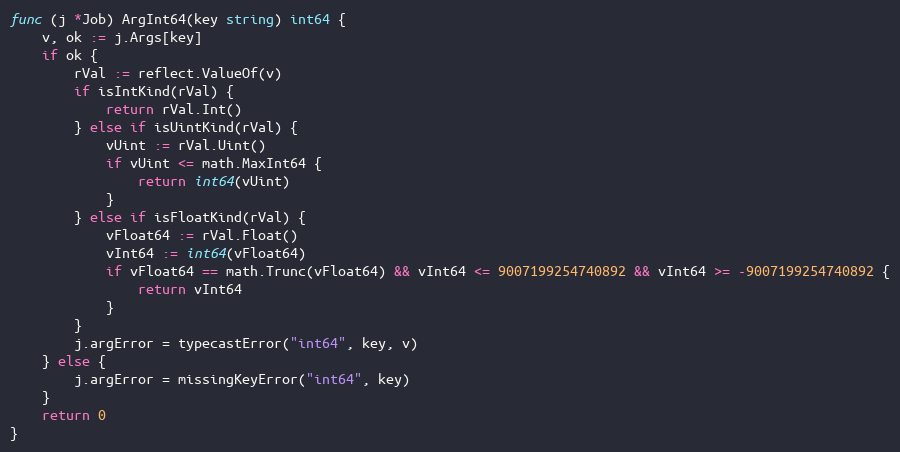
Language: Go
func (j *Job) ArgInt64(key string) int64 {
	v, ok := j.Args[key]
	if ok {
		rVal := reflect.ValueOf(v)
		if isIntKind(rVal) {
			return rVal.Int()
		} else if isUintKind(rVal) {
			vUint := rVal.Uint()
			if vUint <= math.MaxInt64 {
				return int64(vUint)
			}
		} else if isFloatKind(rVal) {
			vFloat64 := rVal.Float()
			vInt64 := int64(vFloat64)
			if vFloat64 == math.Trunc(vFloat64) && vInt64 <= 9007199254740892 && vInt64 >= -9007199254740892 {
				return vInt64
			}
		}
		j.argError = typecastError("int64", key, v)
	} else {
		j.argError = missingKeyError("int64", key)
	}
	return 0
}